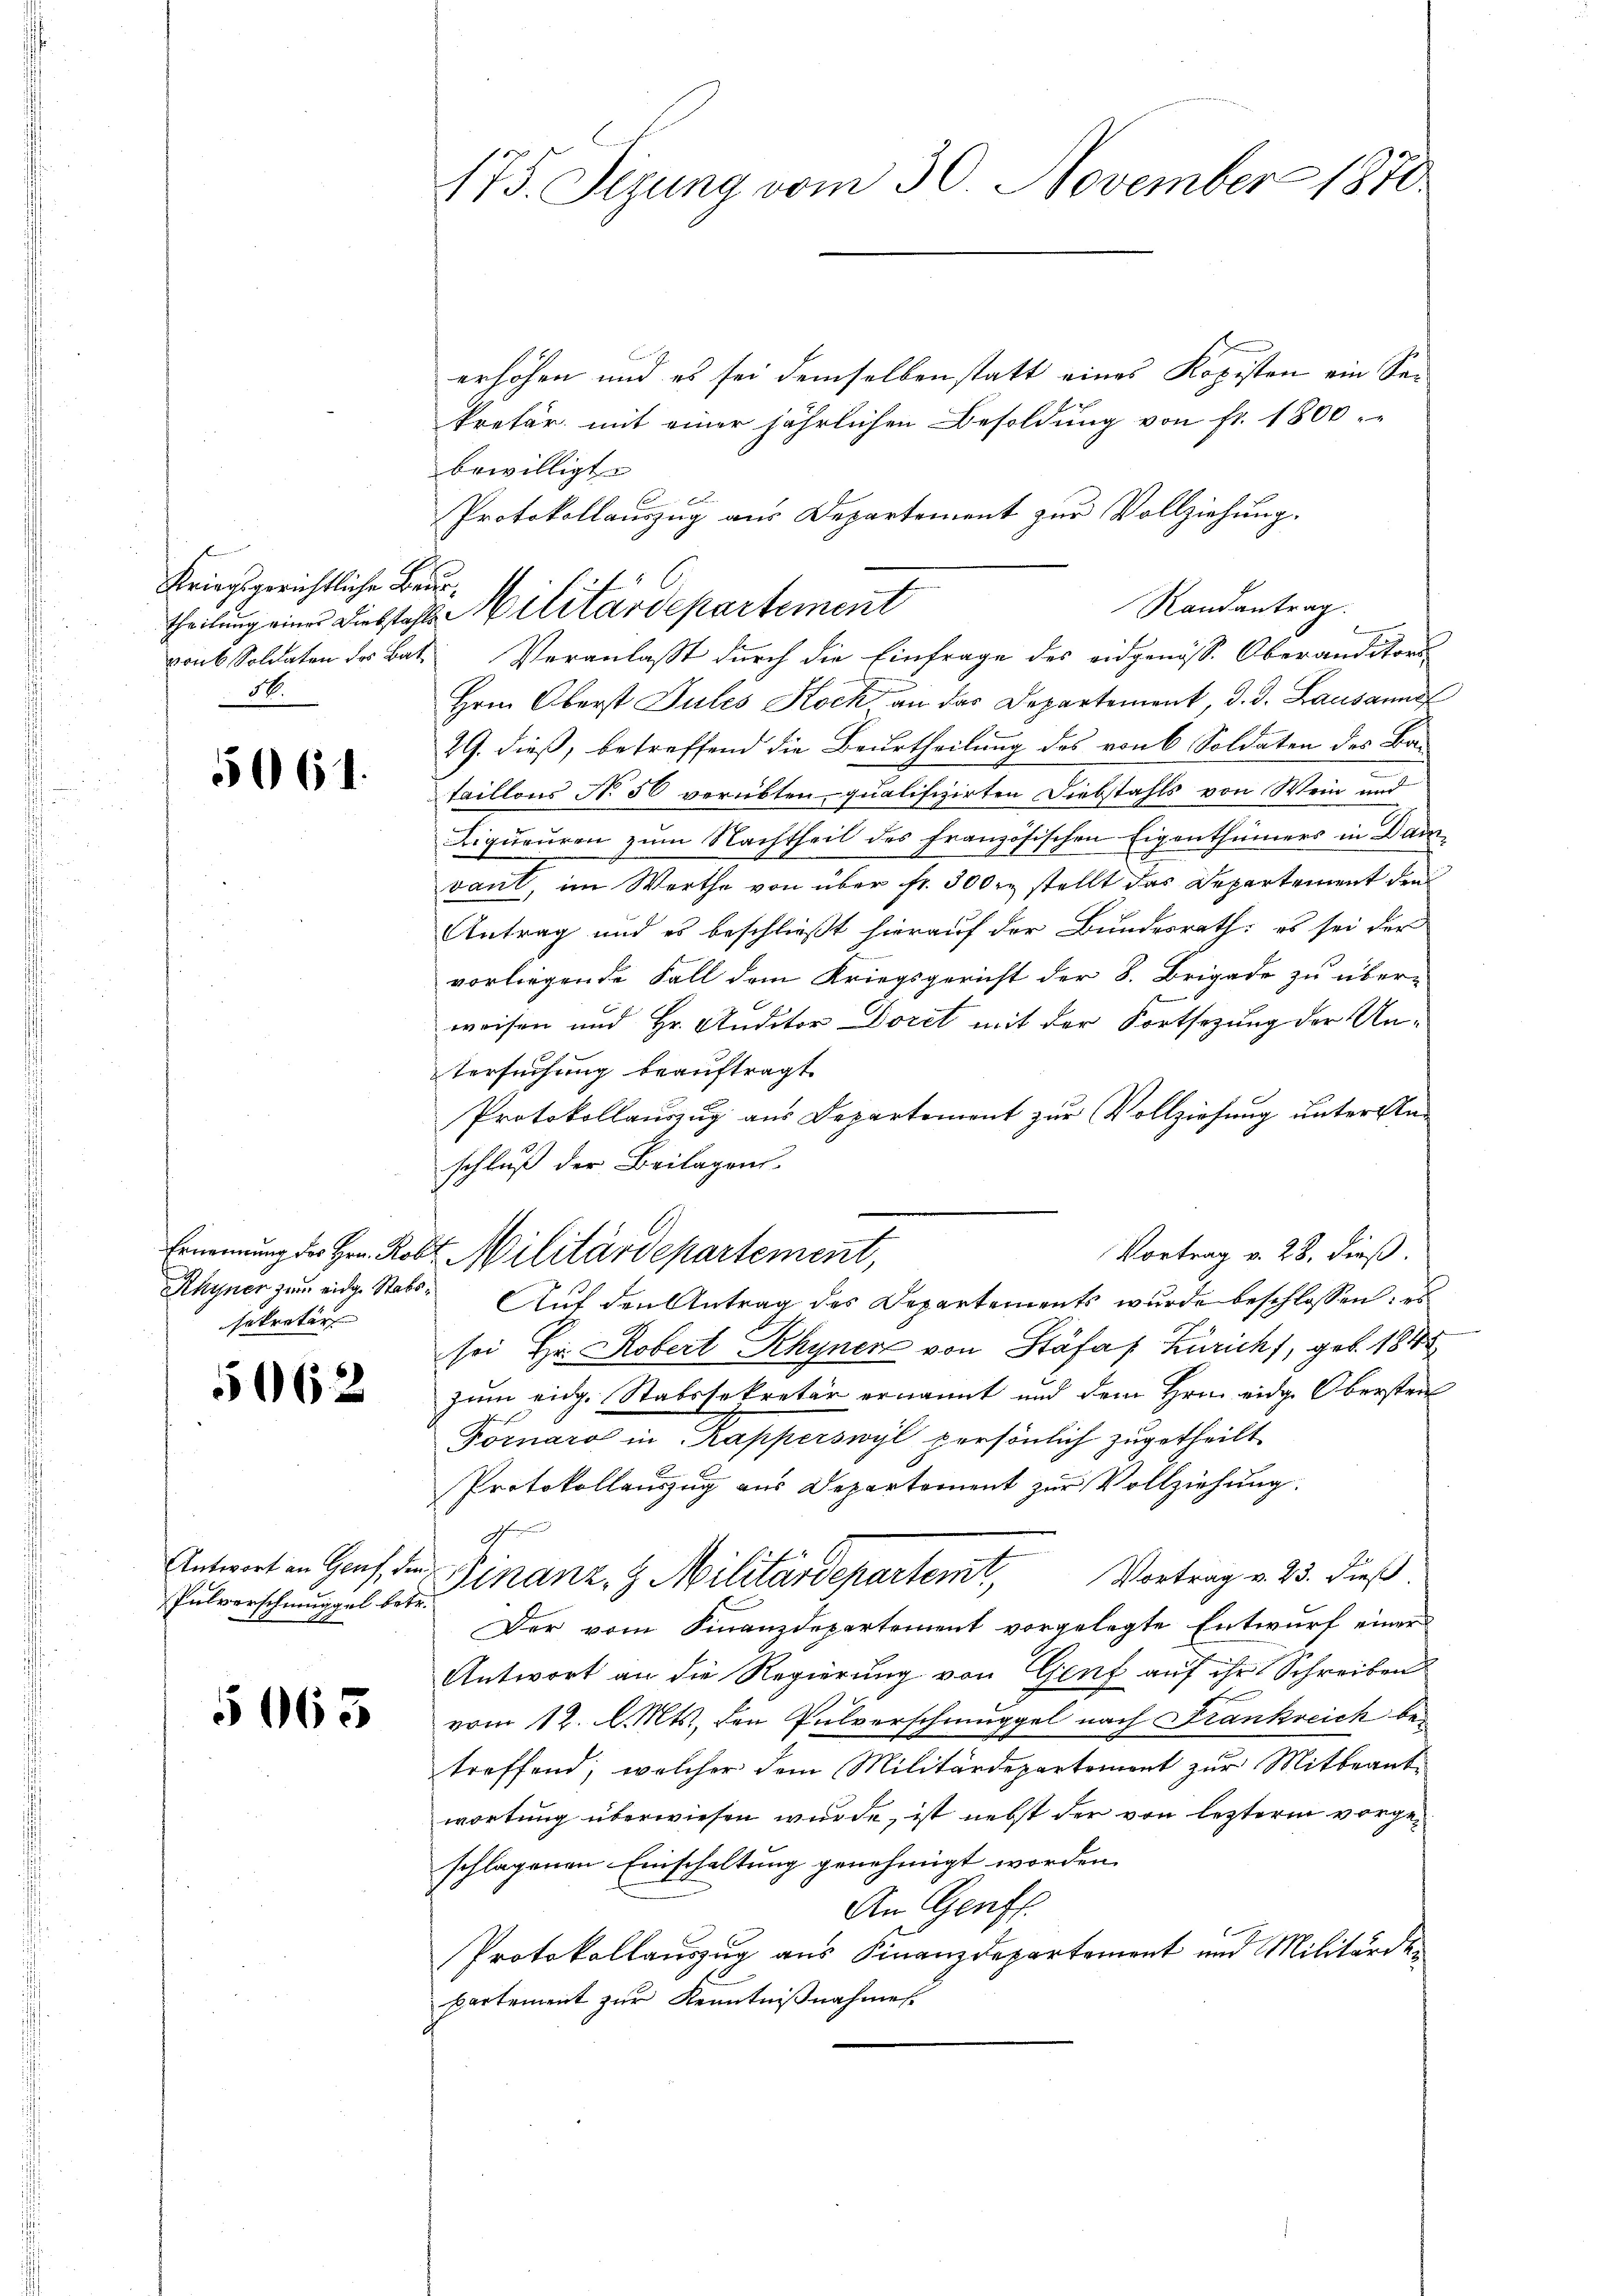
Kriegsgerichtliche Beurrons Soldaten des Bat
14.

5064.

Ernennung des Hrn. Ros
Rhyner zum eidge Stabssekretär

5062

Antwort an Genf den
Pulverschmuggel betr.

5063

175. Sezung vom 30. November 1870

erhöhen und es sei demselben statt eines Kopisten ein Sekretär mit einer jährlichen Besoldung von fr. 1800.-
bewilligt
Protokollauszug aus Departement zur Vollziehung.
Randantrag.
Veranlaßt durch die Einfrage des eidgenöss. Oberanditors
Hrn. Oberst Jules Koch an das Departement, d. d. Lausanne
29. dieß, betreffend die Beurtheilung des von 6 Soldaten des Bataillons No 56 verübten qualifizirten Diebstahls von Wein und
Liquouren zum Nachtheil des französischen Eigenthümers in Dam
vant, im Werthe von über fr. 300 r. stellt das Departement den
Antrag und es beschließt hierauf der Bundesrath: es sei der
vorliegende Fall dem Kriegsgericht der 8. Brigade zu über-
weisen und Hr. Anditor Doret mit der Fortsezung der Un-
tersuchung beauftragt.
Protokollauszug aus Departement zur Vollziehung unter Anschluß der Beilagens-
Vortrag v. 28. dieß.
2 Militärdepartement,
Auf den Antrag des Departements wurde beschlossen: es
sei Hr. Robert Rhyner von Stäfa Zürich, geb. 1845
zum eidg. Stabssekretär ernannt und dem Hrn. eidg. Obersten
Fornaro in Kapperswyl persönlich zugetheilt
Protokollauszug aus Departement zur Vollziehung.
7
Finanz, H. Militärdepartemt, Vortrag v. 23. dieß
Der vom Finanzdepartement vorgelegte Entwurf einer
Antwort an die Regierung von Genf auf ihr Schreiben
vom 12. l. Mts., den Pulverschmuggel nach Frankreich betreffend, welcher dem Militärdepartemont zur Mitbeant-
wortung überwiesen wurde, ist nebst der von letzterm vorgeschlagenen Einschaltung genehmigt worden.
An Genf.
Protokollauszug aus Finanzdepartement und Militärdepartement zur Kenntnißnahme.

theilung einer Diebstahls Militärdepartement